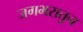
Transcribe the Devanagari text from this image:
जगभरातुन